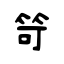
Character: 笴